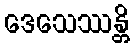
ဒေသေဿန္တိ